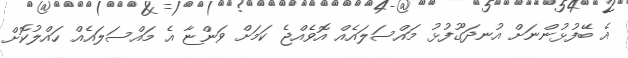
އެ ބޭފުޅުންނަށް އުނދަގޫފުޅު މައްސަލައެއް އޮވެއްޖެ ކަމަށް ވަންޏާ އެ މައްސަލައެއް ހައްލުކޮށް